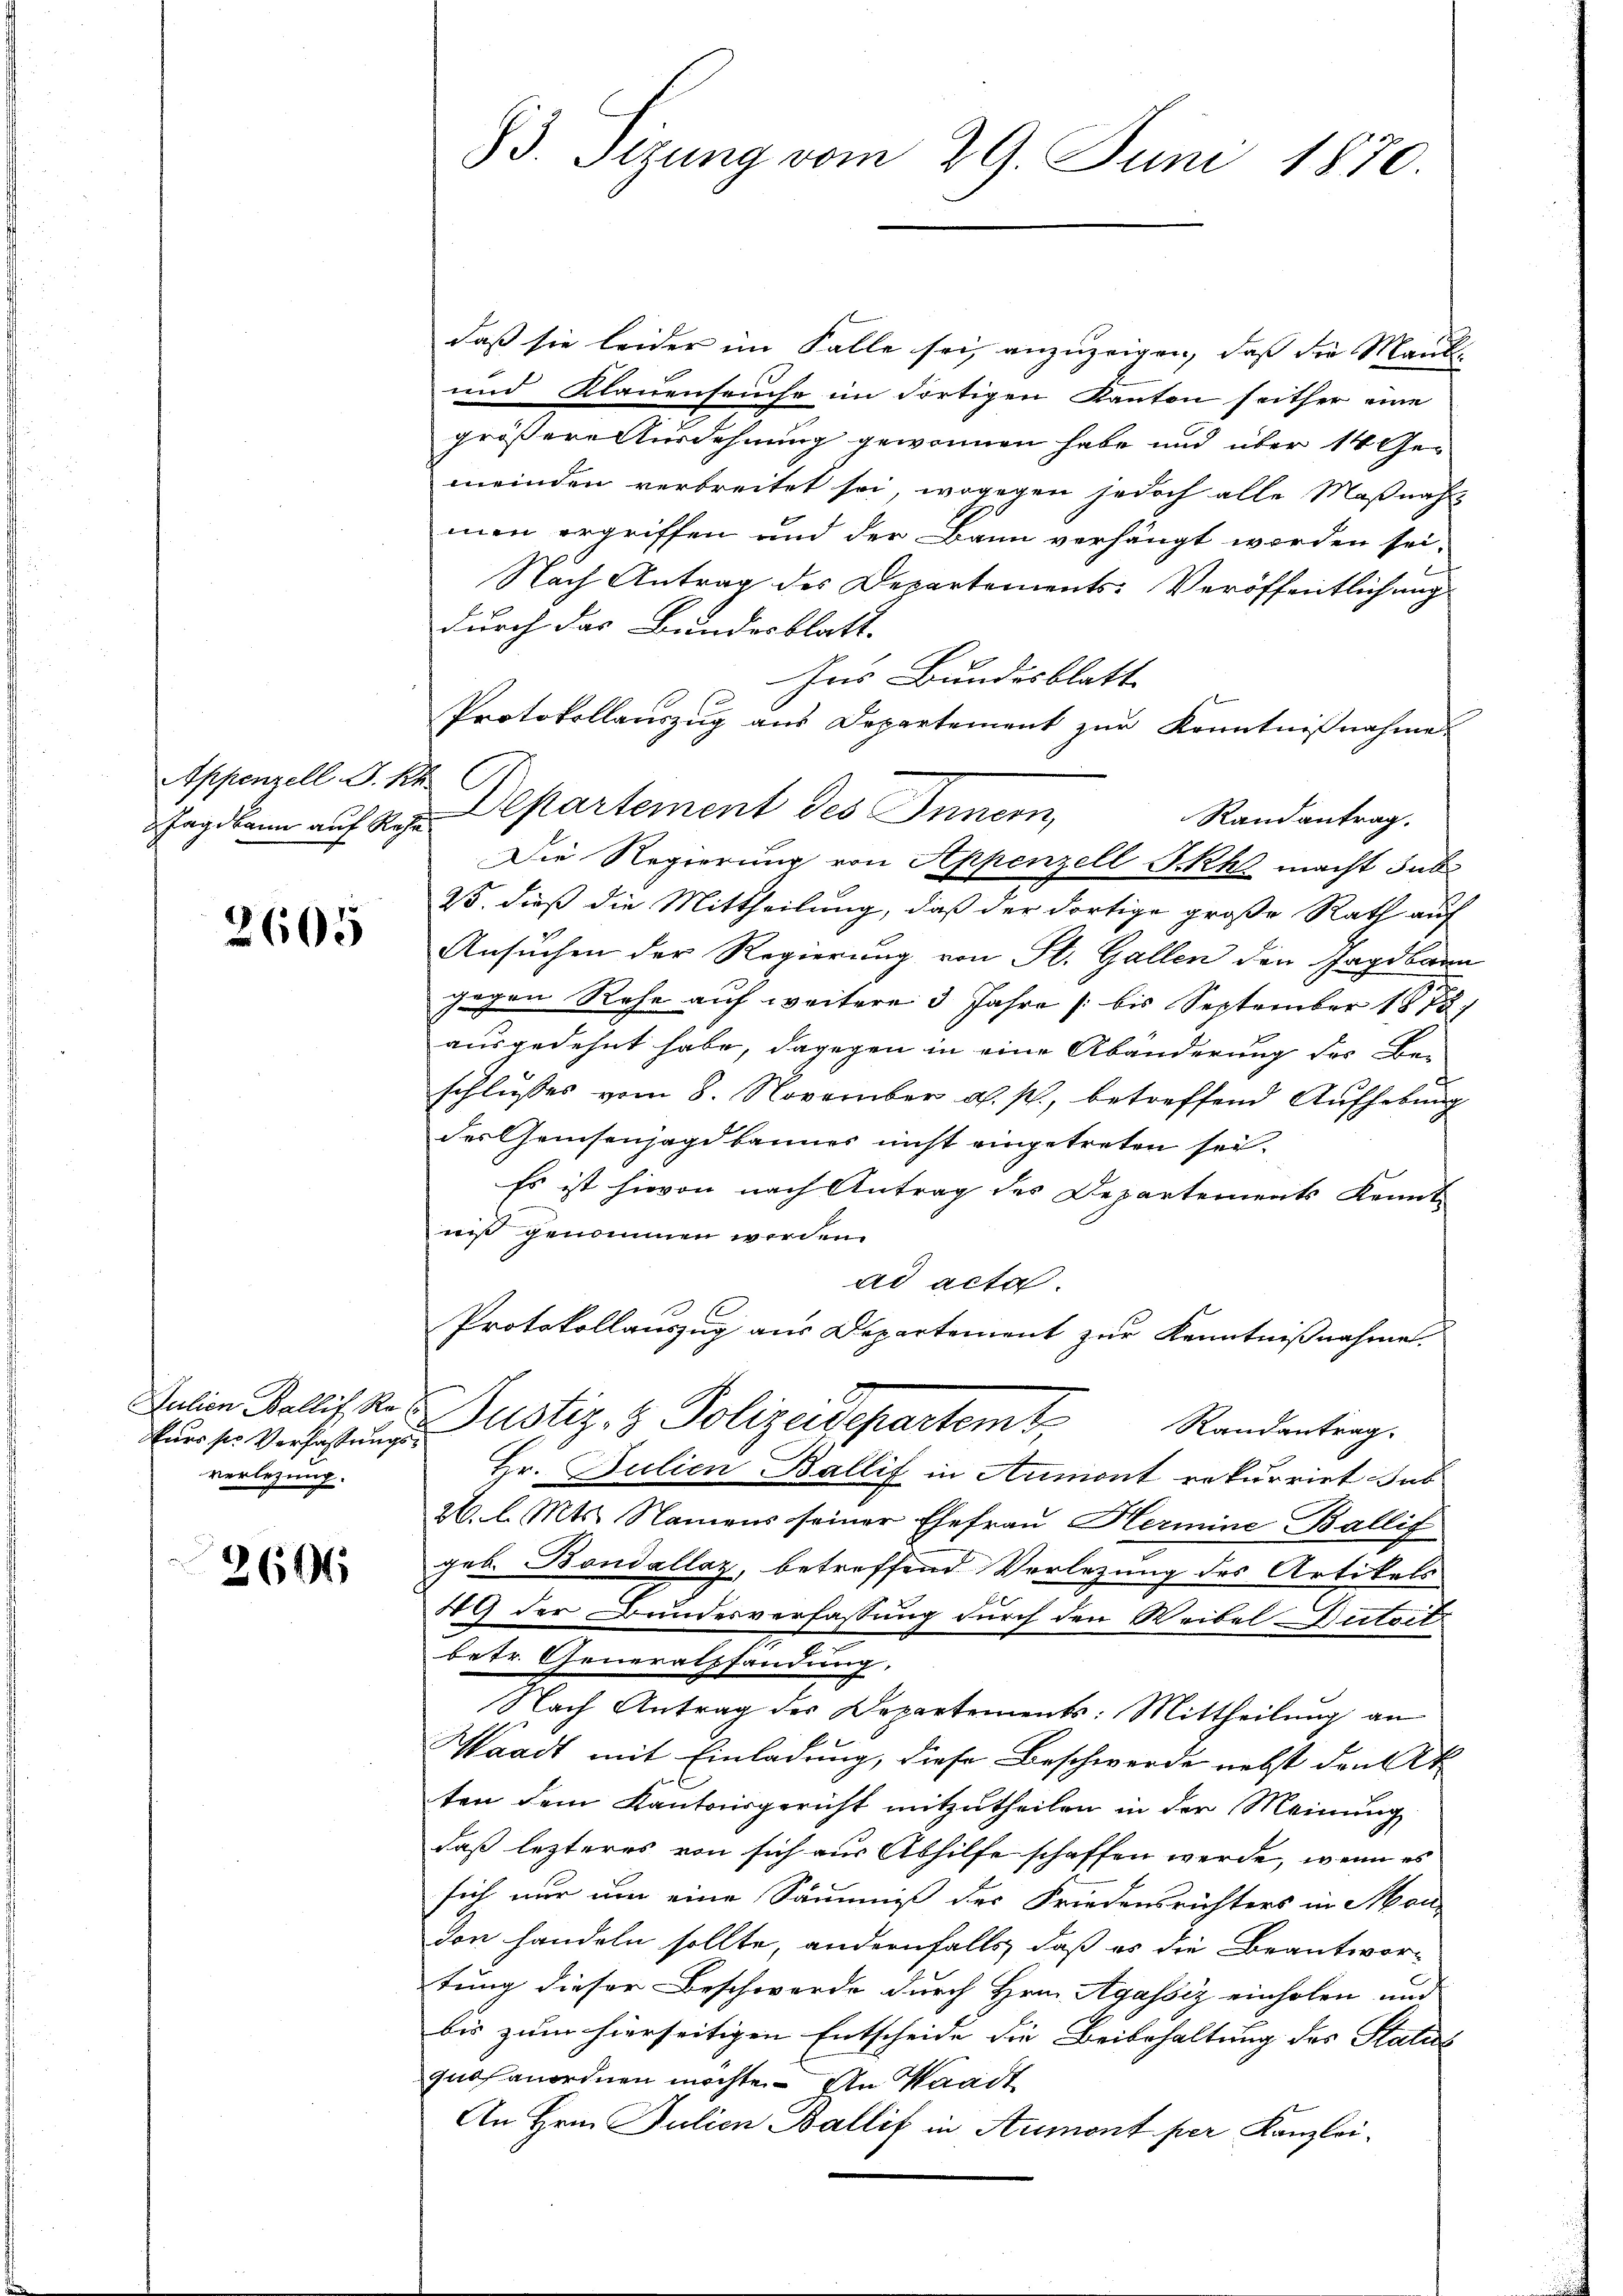
Appenzell I. Kr
 Jagdkann auf Rehr

2605

Euer sie Verfassungsverlegung.

2604

83. Sizung vom 29. Juni 1870.

daß sie leider im Falle sei, anzuzeigen, daß die Maul-
und Klauenseuche im dortigen Kanton seither eine
größere Ausdehnung gewonnen habe und über 14 Ge-
meinden verbreitet sei, wogegen jedoch alle Maßnah
men ergriffen und der Bann verhängt werden sei.
Nach Antrag des Departements-Veröffentlichung
durch das Bundesblatt.
Ins Bundesblatt
t
Protokollauszug aus Departement zur Kenntnißnahme
Departement des Innern,
Randantrag.
Die Regierung von Appenzell I.Rh. macht sub
25. dieß die Mittheilung, daß der dortige große Rath auf
Ansuchen der Regierung von St. Gallen den Jagdbarn
gegen Rehe auf weitere 3 Jahre /: bis September 1878,
ausgedehnt habe, dagegen in eine Abänderung des Be-
schlusses vom 8. November a. p., betreffend Aufhebung
des Chemsenjagdbannes nicht eingetreten sei.
Es ist hievon nach Antrag des Departements Kennt
niß genommen werden.
ad acta.
Protokollauszug aus Departement zur Kenntnißnahme.
Salin Wallis, S. Justiz- & Polizeidepartem Randentrag.
Hr. Bulien Ballif in Aumont rekurrirt sub
26. l. Mts. Namens seiner Ehefrau Hermine Ballif
geb. Bondallay, betreffend Verlegung des Artikels
49 der Bundesverfassung durch den Weibel Dutoit
betr. Generalstandung,
Nach Antrag der Departements: Mittheilung an
Waadt mit Einladung, diese Beschwerde nebst den Atten dem Kantonsgericht mitzutheilen in der Meinung
daß letzteres von sich aus Abhilfe schaffen werde, wenn es
sich nur um eine Säumniß des Friedensrichters in Mon-
von handeln sollte, andernfalls, daß es die Beantwortung dieser Beschwerde durch Hrn. Agassiz einholen und
bis zum hierseitigen Entscheide die Beibehaltung des Statio
quos anordnen möchte. An Waadt
An Hrn. Julien Ballif in Aumont per Kanzlei-